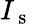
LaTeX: I_{\mathrm{~s~}}